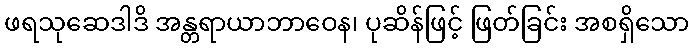
ဖရသုဆေဒါဒိ အန္တရာယာဘာဝေန၊ ပုဆိန်ဖြင့် ဖြတ်ခြင်း အစရှိသော